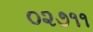
૦૨૭૧૧